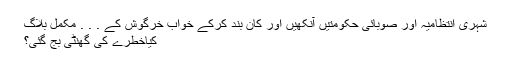
شہری انتظامیہ اور صوبائی حکومتیں آنکھیں اور کان بند کرکے خواب خرگوش کے . . . مکمل بلاگ
کیاخطرے کی گھنٹی بج گئی؟